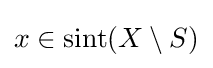
x\in \operatorname {sint} (X\setminus S)